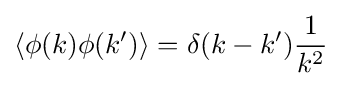
\left\langle \phi (k)\phi (k')\right\rangle =\delta (k-k'){\frac {1}{k^{2}}}